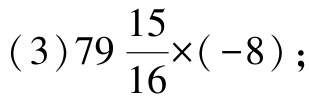
(3)$79\frac{15}{16}\times(-8)$;